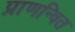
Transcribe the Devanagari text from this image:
प्राणन्वित